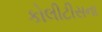
કોલીટીસના